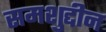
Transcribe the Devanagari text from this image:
समशुद्दीन